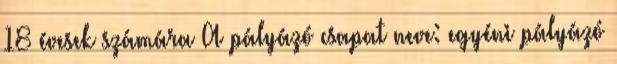
18 évesek számára A pályázó csapat neve: egyéni pályázó